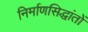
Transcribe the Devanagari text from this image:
निर्माणसिद्धांतों